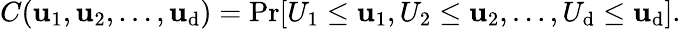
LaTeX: C(\mathbf{u}_{1},\mathbf{u}_{2},\dots,\mathbf{u}_{\mathrm{d}})=\operatorname*{Pr}[U_{1}\leq\mathbf{u}_{1},U_{2}\leq\mathbf{u}_{2},\dots,U_{\mathrm{d}}\leq\mathbf{u}_{\mathrm{d}}].